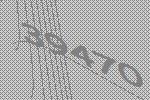
39470